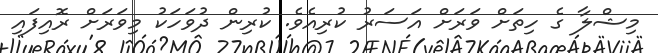
މިޝްލާ ގެ ހިތަށް ވަރަށް އަސަރު ކުރިއެވެ. ކުރިން ދުވަހަކު މިވަރަށް ރޮއިފައި